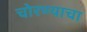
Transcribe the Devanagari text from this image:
चोरण्याचा